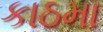
કાઠમા